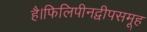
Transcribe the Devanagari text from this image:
है।फिलिपीनद्वीपसमूह